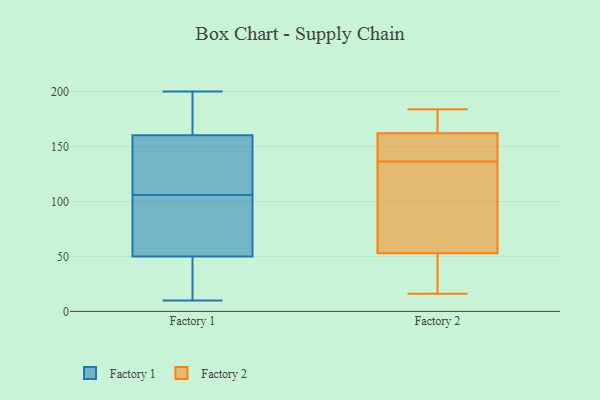
{"axis": {"x": "Demand Index", "y": "Value"}, "legend": ["Factory 1", "Factory 2"], "data": [{"x": "", "y": 190, "type": "Factory 1"}, {"x": "", "y": 130, "type": "Factory 1"}, {"x": "", "y": 50, "type": "Factory 1"}, {"x": "", "y": 163, "type": "Factory 1"}, {"x": "", "y": 10, "type": "Factory 1"}, {"x": "", "y": 152, "type": "Factory 1"}, {"x": "", "y": 106, "type": "Factory 1"}, {"x": "", "y": 43, "type": "Factory 1"}, {"x": "", "y": 200, "type": "Factory 1"}, {"x": "", "y": 57, "type": "Factory 1"}, {"x": "", "y": 50, "type": "Factory 1"}, {"x": "", "y": 16, "type": "Factory 2"}, {"x": "", "y": 22, "type": "Factory 2"}, {"x": "", "y": 164, "type": "Factory 2"}, {"x": "", "y": 140, "type": "Factory 2"}, {"x": "", "y": 134, "type": "Factory 2"}, {"x": "", "y": 184, "type": "Factory 2"}, {"x": "", "y": 84, "type": "Factory 2"}, {"x": "", "y": 146, "type": "Factory 2"}, {"x": "", "y": 162, "type": "Factory 2"}, {"x": "", "y": 41, "type": "Factory 2"}, {"x": "", "y": 184, "type": "Factory 2"}, {"x": "", "y": 150, "type": "Factory 2"}, {"x": "", "y": 65, "type": "Factory 2"}, {"x": "", "y": 179, "type": "Factory 2"}, {"x": "", "y": 139, "type": "Factory 2"}, {"x": "", "y": 121, "type": "Factory 2"}, {"x": "", "y": 162, "type": "Factory 2"}, {"x": "", "y": 39, "type": "Factory 2"}, {"x": "", "y": 85, "type": "Factory 2"}, {"x": "", "y": 30, "type": "Factory 2"}]}